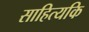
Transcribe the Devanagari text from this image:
साहित्यकि